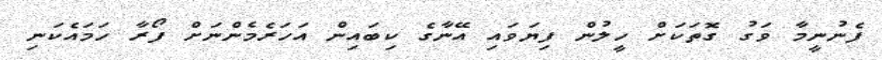
ފެނުނީމާ ވަގު ގޮތަކަށް ހީލުން ފިޔަވައި އޭނާގެ ކިބައިން އަހަރެމެންނަށް ފޯރާ ހަމައެކަނި